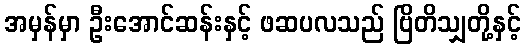
အမှန်မှာ ဦးအောင်ဆန်းနှင့် ဖဆပလသည် ဗြိတိသျှတို့နှင့်